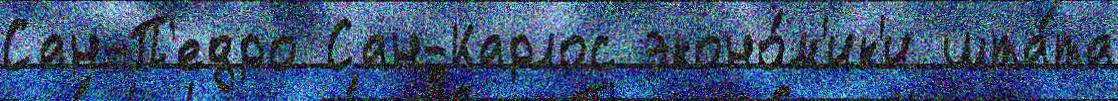
Сан-П'едро Сан-Карлос эконо́м'ик'и шта́та